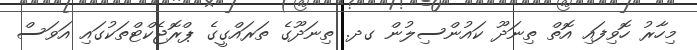
މިހާރު ހޮވިފައި އޮތް ތިނަދޫ ކައުންސިލުން ގދ. ތިނަދޫގެ ތަރައްގީގެ ޕްރޮޖެކްޓްތަކުގައި އަވަސް